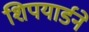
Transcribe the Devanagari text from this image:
शिपयार्डने